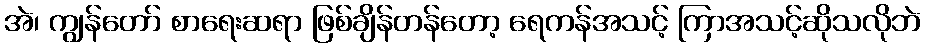
အဲ၊ ကျွန်တော် စာရေးဆရာ ဖြစ်ချိန်တန်တော့ ရေကန်အသင့် ကြာအသင့်ဆိုသလိုဘဲ